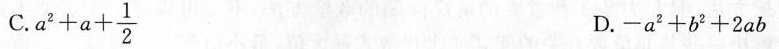
C. $$a ^ { 2 } + a + \frac { 1 } { 2 }$$ D. $$- a ^ { 2 } + b ^ { 2 } + 2 a b$$